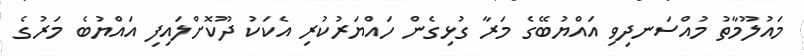
މައުލޫމާތު މުއްސަނދިވި އައްޔުބޭގެ މަރާ ގުޅިގެން ހައްޔަރުކުރި އެކަކު ދޫކޮށްލައިފި އައްޔުބެ މަރުގެ